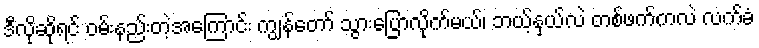
ဒီလိုဆိုရင် ဝမ်းနည်းတဲ့အကြောင်း ကျွန်တော် သွားပြောလိုက်မယ်၊ ဘယ့်နှယ်လဲ တစ်ဖက်ကလဲ လက်ခံ